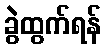
ခွဲထွက်ရန်